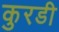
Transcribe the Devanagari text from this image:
कुरडी